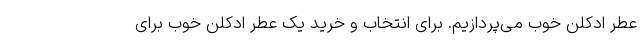
عطر ادکلن خوب می‌پردازیم. برای انتخاب و خرید یک عطر ادکلن خوب برای